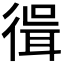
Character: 𢕃